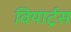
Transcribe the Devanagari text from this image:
वियार्ट्रस